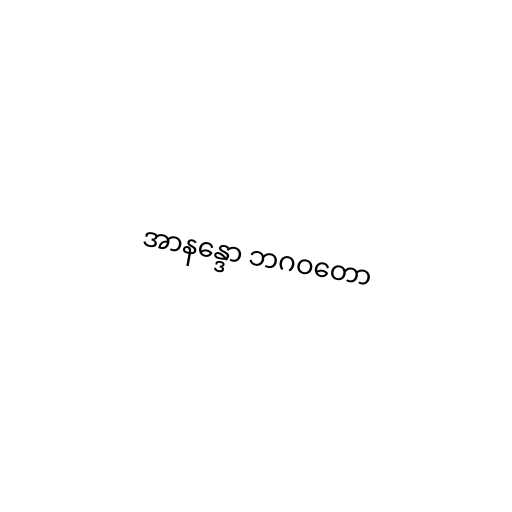
အာနန္ဒော ဘဂဝတော